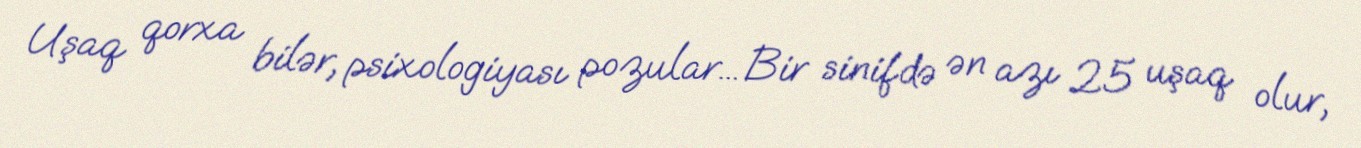
Uşaq qorxa bilər, psixologiyası pozular... Bir sinifdə ən azı 25 uşaq olur,